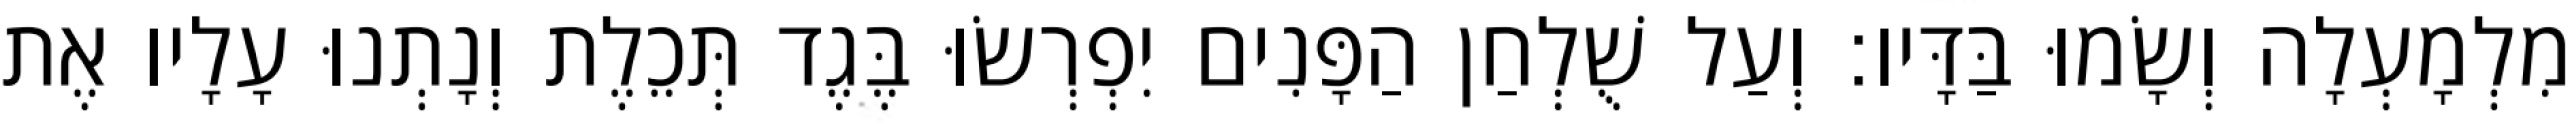
מִלְמָעְלָה וְשָׂמוּ בַּדָּיו׃ וְעַל שֻׁלְחַן הַפָּנִים יִפְרְשׂוּ בֶּגֶד תְּכֵלֶת וְנָתְנוּ עָלָיו אֶת